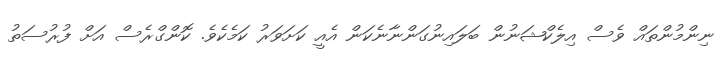
ނިންމުންތައް ވެސް އިލެކްޝަނުން ބަލައިނުގަންނާނެކަން އެއީ ކަށަވަރު ކަމެކެވެ. ކޮންގްރެސް އަށް ފުރުސަތު